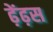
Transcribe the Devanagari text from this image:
ढ़ेंढ़स